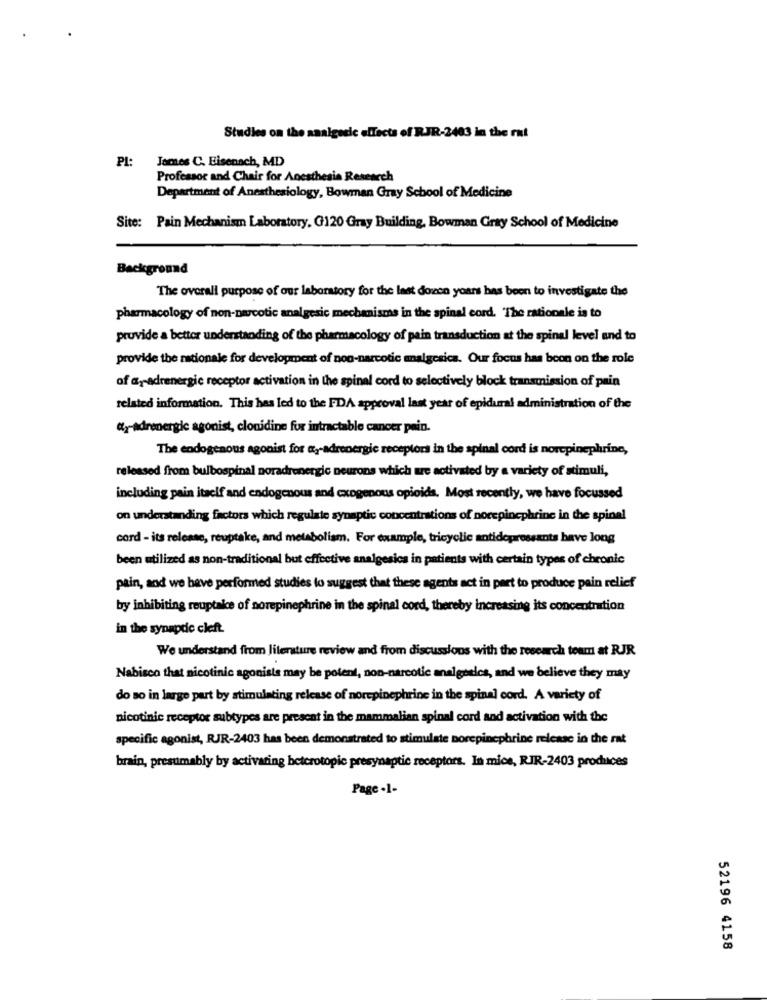
Studies on the analgesic effects of RJR-2483 in the rat
PI:
James C. Eisenach, MD
Professor and Chair for Anesthesia Research
Department of Anesthesiology, Bowman Gray School of Medicine
Site: Pain Mechanism Laboratory, G120 Gray Building, Bowman Gray School of Medicine
Background
The overall purpose of our laboratory for the last dozen years has been to investigate the
pharmacology of non-narcotic analgesic mechanisms in the spinal cord. 'The rationale is to
provide a better understanding of the pharmacology of pain transduction at the spinal level and to
provide the rationale for development of non-narcotic analgesica. Our focus has been on the role
of ay-adrenergic receptor activation in the spinal cord to selectively block transmission of pain
related information. This has led to the FDA approval last year of epidural administration of the
ay-adrenergie agonist, clonidine for intractable cancer pain.
The endogenous agonist for y-adrenergic receptors in the spinal cord is norepinephrine,
released from bulbospinal noradrenergic neurons which we activated by a variety of stimuli,
including pain itself and endogenous and exogenous opioids. Most recently, we have focussed
on understanding factors which regulate synaptic concentrations of norepinephrine in the spinal
cord - its release, reuptake, and metabolism. For example, tricyclic antidepressants have long
been utilized as non-traditional but effective analgesics in patients with certain types of chronic
pain, and we have performed studies to suggest that these agents act in part to produce pain relief
by inhibiting reuptake of norepinephrine in the spinal cord, thereby increasing its concentration
in the synapde cleft.
We understand from literature review and from discussions with the research team at RJR
Nabisco that nicotinic agonists may be potent, non-narcotic analgesics, and we believe they may
do so in large part by stimulating release of norepinephrine in the spinal cord. A variety of
nicotinic receptor subtypes are present in the mammalian spinal cord and activation with the
specific agonist, RJR-2403 has been demonstrated to stimulate porepinephrine release in the rat
brain, presumably by activating betcrotopic presynaptic receptors. In mice, RIR-2403 produces
Page -1-
52196 4158